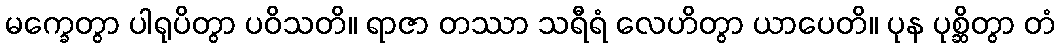
မက္ခေတွာ ပါရုပိတွာ ပဝိသတိ။ ရာဇာ တဿာ သရီရံ လေဟိတွာ ယာပေတိ။ ပုန ပုစ္ဆိတွာ တံ